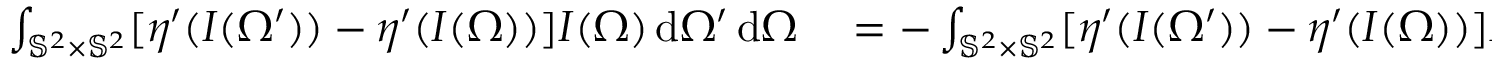
\begin{array} { r l } { \int _ { \mathbb { S } ^ { 2 } \times \mathbb { S } ^ { 2 } } [ \eta ^ { \prime } ( I ( \Omega ^ { \prime } ) ) - \eta ^ { \prime } ( I ( \Omega ) ) ] I ( \Omega ) \, \mathrm { d } \Omega ^ { \prime } \, \mathrm { d } \Omega } & { { } = - \int _ { \mathbb { S } ^ { 2 } \times \mathbb { S } ^ { 2 } } [ \eta ^ { \prime } ( I ( \Omega ^ { \prime } ) ) - \eta ^ { \prime } ( I ( \Omega ) ) ] I ( \Omega ^ { \prime } ) \, \mathrm { d } \Omega ^ { \prime } \, \mathrm { d } \Omega } \end{array}